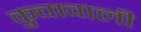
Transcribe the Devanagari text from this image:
कुचावाली